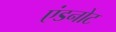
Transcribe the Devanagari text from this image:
एंडनोट